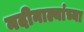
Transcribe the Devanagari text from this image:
नदीनाल्यांच्या